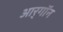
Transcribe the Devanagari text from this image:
आर्‌गॉन